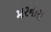
મરનારા